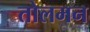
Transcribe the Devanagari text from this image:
तोलमन